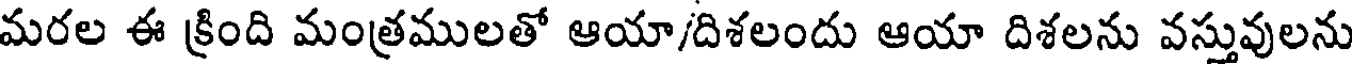
మరల ఈ క్రింది మంత్రములతో ఆయా/దిశలందు ఆయా దిశలను వస్తువులను